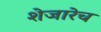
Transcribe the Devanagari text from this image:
शेजारेच